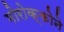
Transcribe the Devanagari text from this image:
मोरोक्कोने